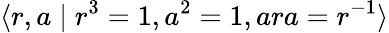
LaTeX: \langle r,a\mid r^{3}=1,a^{2}=1,ara=r^{-1}\rangle